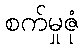
စက်မှုဇုံ